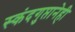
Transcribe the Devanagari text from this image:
स्कंदगुप्तानेही